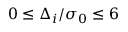
0 \le \Delta _ { i } / \sigma _ { 0 } \le 6